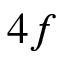
4 f